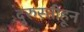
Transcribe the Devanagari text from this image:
दुरुस्तीहून